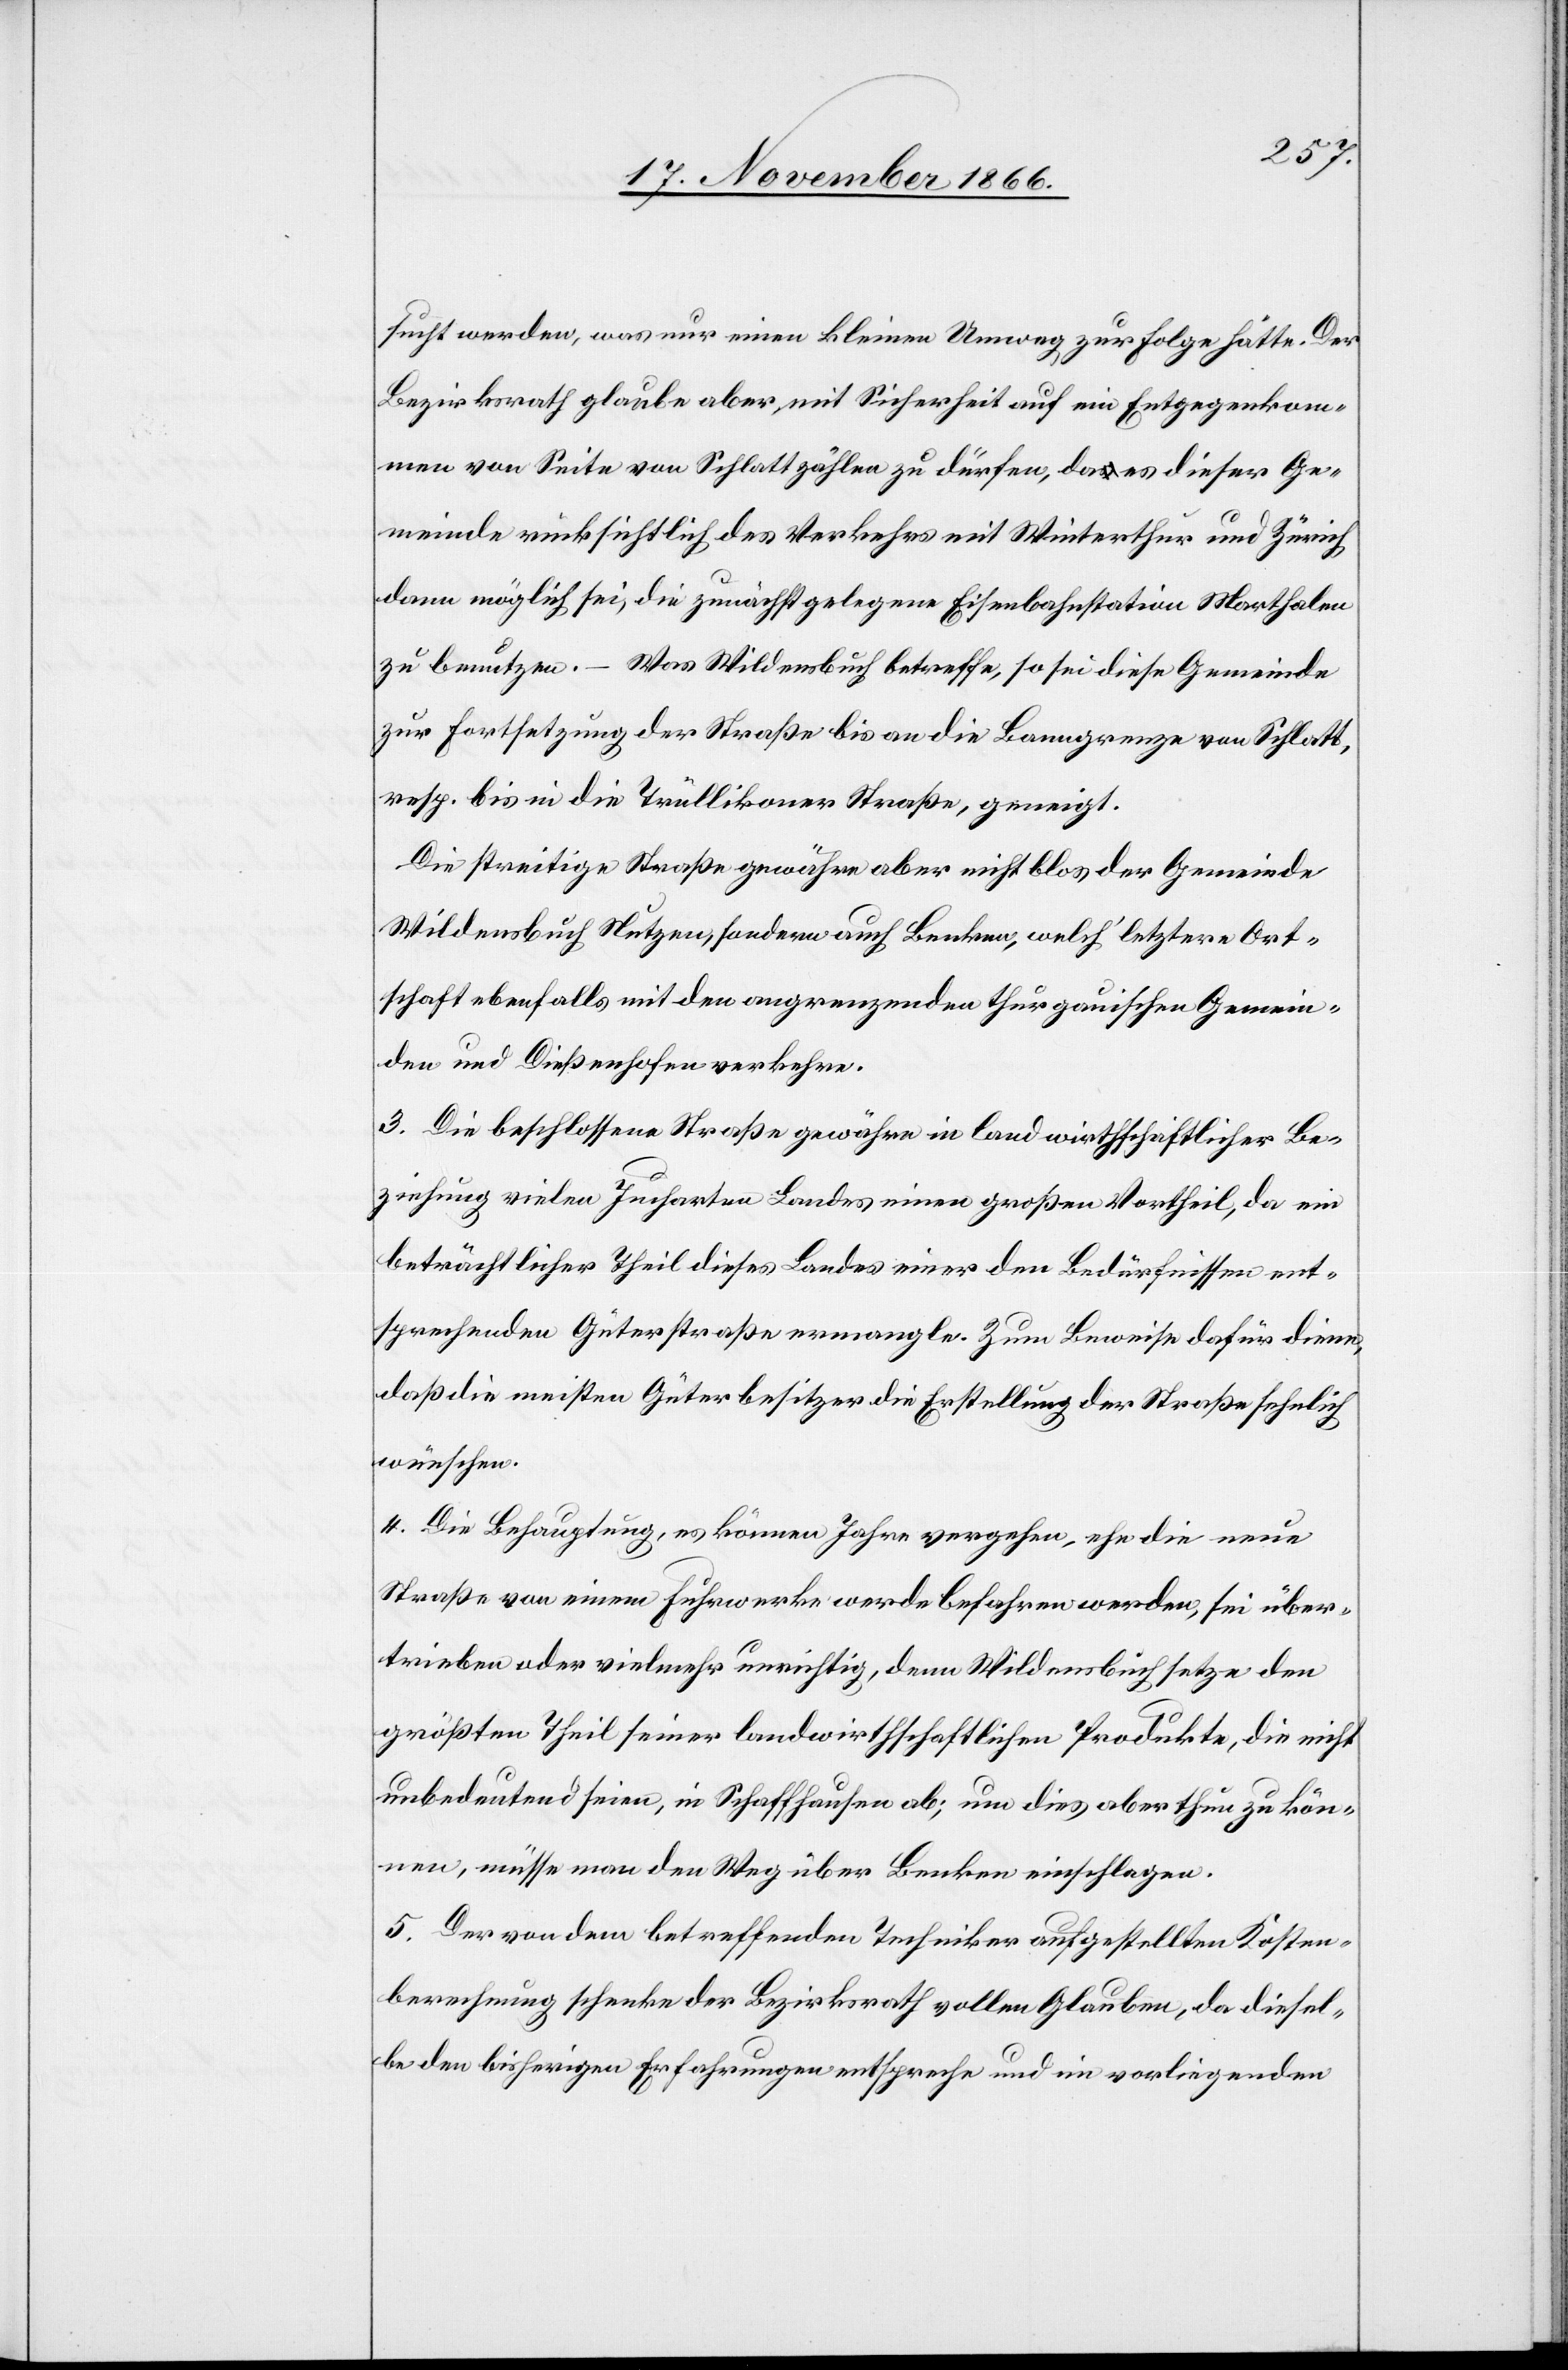
sucht werden, was nur einen kleinen Umweg zur Folge hätte. Der
Bezirksrath glaube aber, mit Sicherheit auf ein Entgegenkom¬
men von Seite von Schlatt zählen zu dürfen, da es dieser Ge¬
meinde rücksichtlich des Verkehrs mit Winterthur und Zürich
dann möglich sei, die zunächst gelegene Eisenbahnstation Marthalen
zu benutzen. – Was Wildensbuch betreffe, so sei diese Gemeinde
zur Fortsetzung der Straße bis an die Banngrenze von Schlatt,
resp. bis in die Trüllikoner Straße, geneigt.
Die streitige Straße gewähre aber nicht blos der Gemeinde
Wildensbuch Nutzen, sondern auch Benken, welch‘ letztere Ort¬
schaft ebenfalls mit den angrenzenden thurgauischen Gemein¬
den und Dießenhofen verkehre.
3. Die beschlossene Straße gewähre in landwirthschaftlicher Be¬
ziehung vielen Jucharten Landes einen großen Vortheil, da ein
beträchtlicher Theil dieses Landes einer den Bedürfnissen ent¬
sprechenden Güterstraße ermangle. Zum Beweise dafür diene,
daß die meisten Güterbesitzer die Erstellung der Straße sehnlich
wünschen.
4. Die Behauptung, es können Jahre vergehen, ehe die neue
Straße von einem Fuhrwerke werde befahren werden, sei über¬
trieben oder vielmehr unrichtig, denn Wildensbuch setze den
größten Theil seiner landwirthschaftlichen Produkte, die nicht
unbedeutend seien, in Schaffhausen ab; um dies aber thun zu kön¬
nen, müsse man den Weg über Benken einschlagen.
5. Der von dem betreffenden Techniker aufgestellten Kosten¬
berechnung schenke der Bezirksrath vollen Glauben, da diesel¬
be den bisherigen Erfahrungen entspreche und im vorliegenden